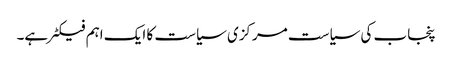
پنجاب کی سیاست مرکزی سیاست کا ایک اہم فیکٹر ہے۔